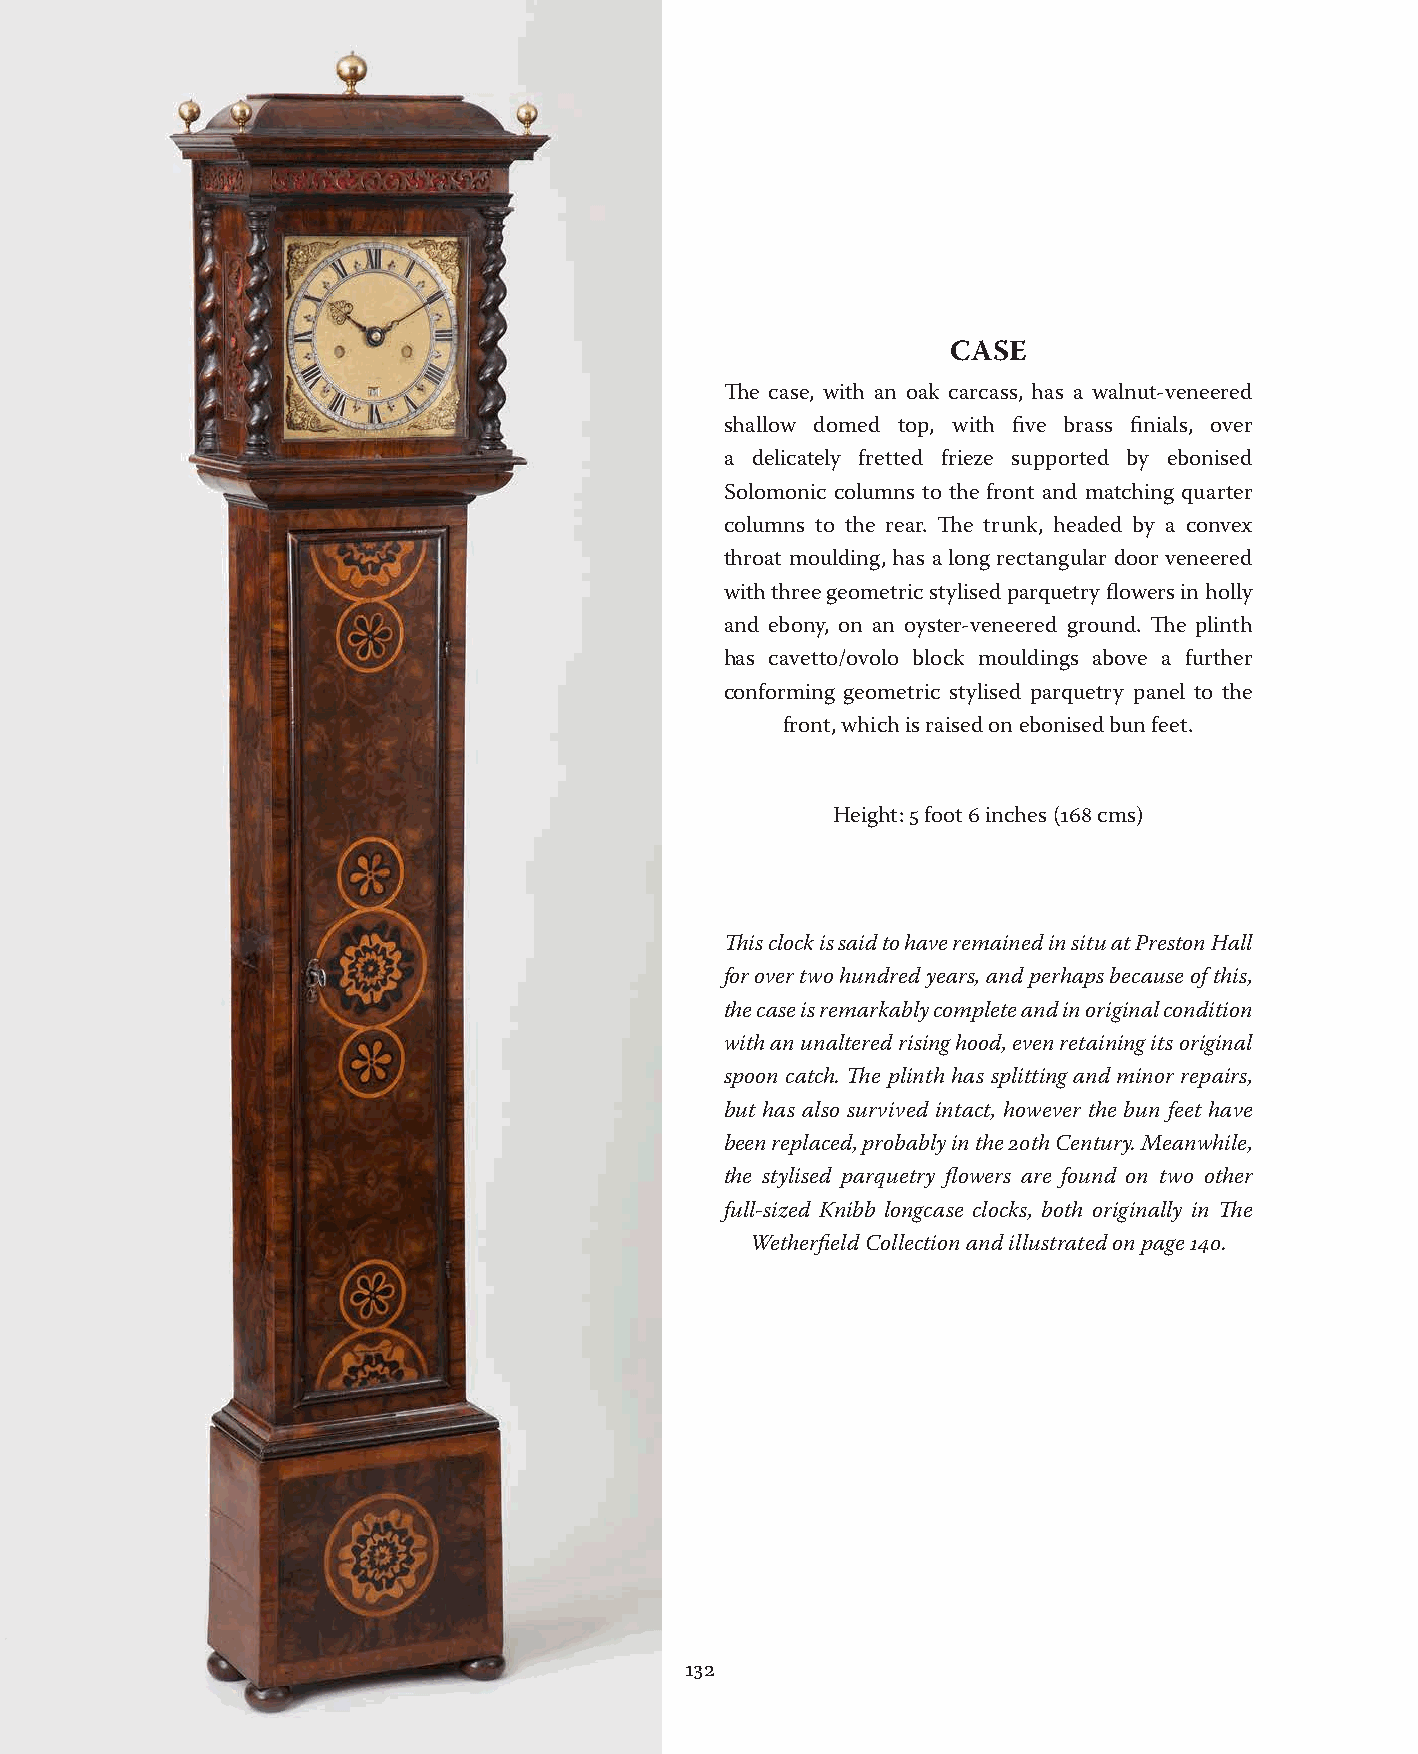
CASE
 The case, with an oak carcass, has a walnut-veneered
 shallow domed top, with five brass finials, over
 a delicately fretted frieze supported by ebonised
 Solomonic columns to the front and matching quarter
 columns to the rear. The trunk, headed by a convex
 throat moulding, has a long rectangular door veneered
 with three geometric stylised parquetry flowers in holly
 and ebony, on an oyster-veneered ground. The plinth
 has cavetto/ovolo block mouldings above a further
 conforming geometric stylised parquetry panel to the
 front, which is raised on ebonised bun feet.
 Height: 5 foot 6 inches (168 cms)
 This clock is said to have remained in situ at Preston Hall
 for over two hundred years, and perhaps because of this,
 the case is remarkably complete and in original condition
 with an unaltered rising hood, even retaining its original
 spoon catch. The plinth has splitting and minor repairs,
 but has also survived intact, however the bun feet have
 been replaced, probably in the 20th Century. Meanwhile,
 the stylised parquetry flowers are found on two other
 full-sized Knibb longcase clocks, both originally in The
 Wetherfield Collection and illustrated on page 140.
 132